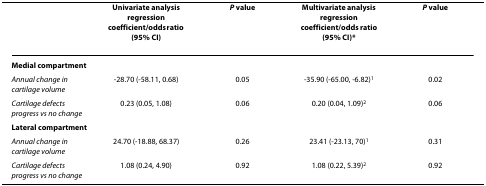
<table><thead><tr><td></td><td><b>Univariate analysis regression coefficient/odds ratio (95% CI)</b></td><td><b><i>P </i>value</b></td><td><b>Multivariate analysis regression coefficient/odds ratio(95% CI)*</b></td><td><b><i>P </i>value</b></td></tr></thead><tbody><tr><td><b>Medial compartment</b></td><td></td><td></td><td></td><td></td></tr><tr><td><i>Annual change in cartilage volume</i></td><td>-28.70 (-58.11, 0.68)</td><td>0.05</td><td>-35.90 (-65.00, -6.82)<sup>1</sup></td><td>0.02</td></tr><tr><td><i>Cartilage defects progress vs no change</i></td><td>0.23 (0.05, 1.08)</td><td>0.06</td><td>0.20 (0.04, 1.09)<sup>2</sup></td><td>0.06</td></tr><tr><td><b>Lateral compartment</b></td><td></td><td></td><td></td><td></td></tr><tr><td><i>Annual change in cartilage volume</i></td><td>24.70 (-18.88, 68.37)</td><td>0.26</td><td>23.41 (-23.13, 70)<sup>1</sup></td><td>0.31</td></tr><tr><td><i>Cartilage defects progress vs no change</i></td><td>1.08 (0.24, 4.90)</td><td>0.92</td><td>1.08 (0.22, 5.39)<sup>2</sup></td><td>0.92</td></tr></tbody></table>